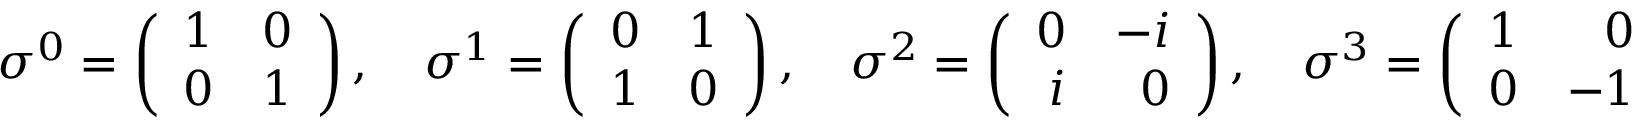
\sigma ^ { 0 } = \left( \begin{array} { r r } { { 1 } } & { { 0 } } \\ { { 0 } } & { { 1 } } \end{array} \right) , \quad \sigma ^ { 1 } = \left( \begin{array} { r r } { { 0 } } & { { 1 } } \\ { { 1 } } & { { 0 } } \end{array} \right) , \quad \sigma ^ { 2 } = \left( \begin{array} { r r } { { 0 } } & { { - i } } \\ { { i } } & { { 0 } } \end{array} \right) , \quad \sigma ^ { 3 } = \left( \begin{array} { r r } { { 1 } } & { { 0 } } \\ { { 0 } } & { { - 1 } } \end{array} \right)